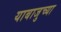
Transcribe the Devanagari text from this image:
याबाजुच्या